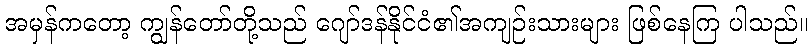
အမှန်ကတော့ ကျွန်တော်တို့သည် ဂျော်ဒန်နိုင်ငံ၏အကျဉ်းသားများ ဖြစ်နေကြ ပါသည်။